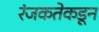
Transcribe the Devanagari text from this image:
रंजकतेकडून